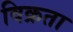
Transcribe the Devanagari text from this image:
विक्रता